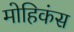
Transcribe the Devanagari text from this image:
मोहिकंस